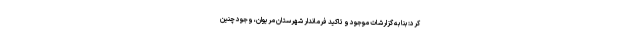
کرد: بنا به گزارشات موجود و تاکید فرماندار شهرستان مریوان، وجود چنین